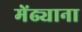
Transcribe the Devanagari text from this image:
मेंढ्याना